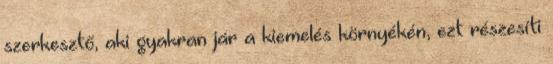
szerkesztő, aki gyakran jár a kiemelés környékén, ezt részesíti